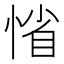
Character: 𢜫